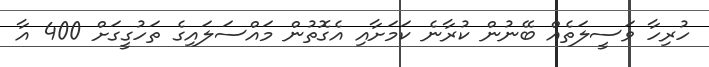
ހުރިހާ ވަސީލަތެއް ބޭނުން ކުރާނެ ކަމަށާއި އެގޮތުން މައްސަލައިގެ ތަހުގީގަށް 400 އާ